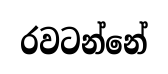
රවටන්නේ